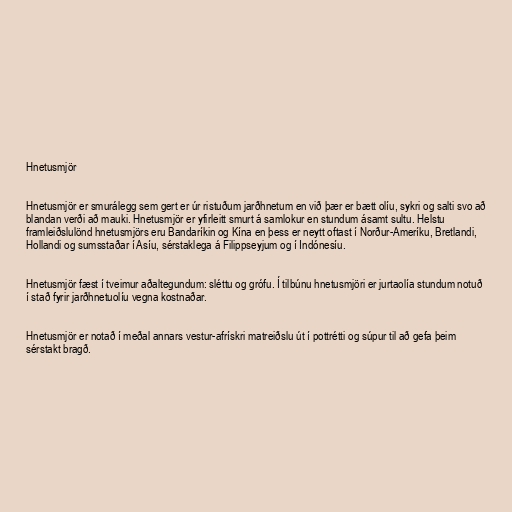
Hnetusmjör

Hnetusmjör er smurálegg sem gert er úr ristuðum jarðhnetum en við þær er bætt olíu, sykri og salti svo að
blandan verði að mauki. Hnetusmjör er yfirleitt smurt á samlokur en stundum ásamt sultu. Helstu
framleiðslulönd hnetusmjörs eru Bandaríkin og Kína en þess er neytt oftast í Norður-Ameríku, Bretlandi,
Hollandi og sumsstaðar í Asíu, sérstaklega á Filippseyjum og í Indónesíu.

Hnetusmjör fæst í tveimur aðaltegundum: sléttu og grófu. Í tilbúnu hnetusmjöri er jurtaolía stundum notuð
í stað fyrir jarðhnetuolíu vegna kostnaðar.

Hnetusmjör er notað í meðal annars vestur-afrískri matreiðslu út í pottrétti og súpur til að gefa þeim
sérstakt bragð.